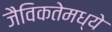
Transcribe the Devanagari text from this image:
जैविकतेमध्ये